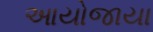
આયોજાયા